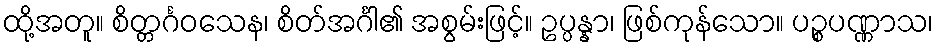
ထို့အတူ။ စိတ္တင်္ဂဝသေန၊ စိတ်အင်္ဂါ၏ အစွမ်းဖြင့်။ ဥပ္ပန္နာ၊ ဖြစ်ကုန်သော။ ပဉ္စပဏ္ဏာသ၊